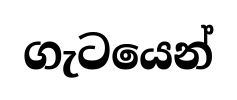
ගැටයෙන්